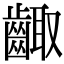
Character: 齱